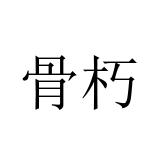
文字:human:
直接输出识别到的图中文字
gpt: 骨朽